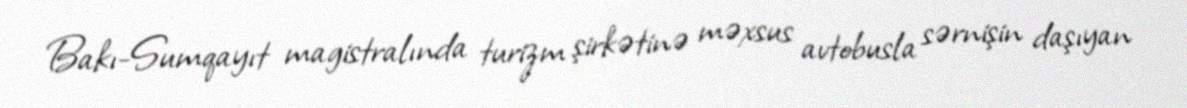
Bakı-Sumqayıt magistralında turizm şirkətinə məxsus avtobusla sərnişin daşıyan